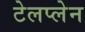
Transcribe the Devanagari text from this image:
टेलप्लेन